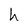
Character: h